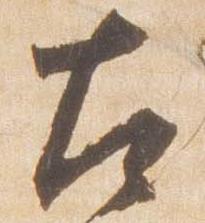
左